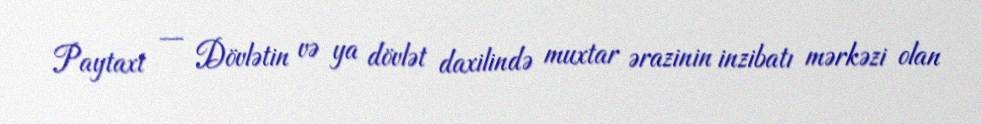
Paytaxt — Dövlətin və ya dövlət daxilində muxtar ərazinin inzibatı mərkəzi olan